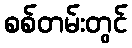
စစ်တမ်းတွင်